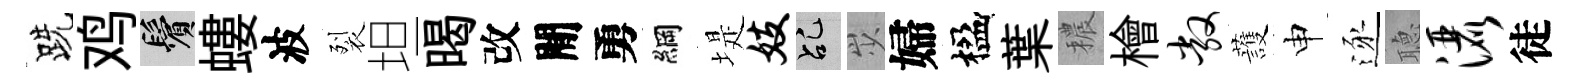
跣鸡鬢螻波裂坦暍改閒勇綱堤妓乩𡵯婦楹葉穠檜敞䕶申逐𦗟洒徒